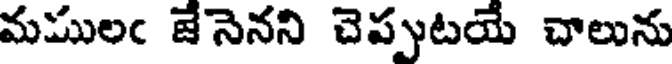
మములఁ జేనెనని చెప్పుటయే చాలును